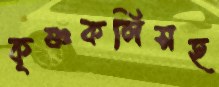
কৃষ্ণকলিসহ